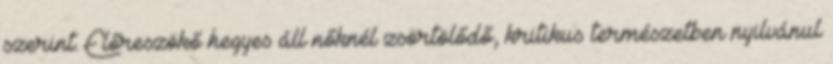
szerint. Előreszökő hegyes áll nőknél zsörtölődő, kritikus természetben nyilvánul